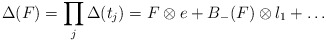
\begin{align*}\Delta(F)=\prod_j \Delta(t_j)=F\otimes e+B_-(F)\otimes l_1+\ldots\end{align*}